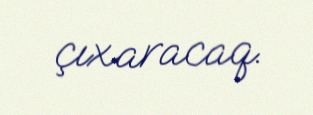
çıxaracaq.